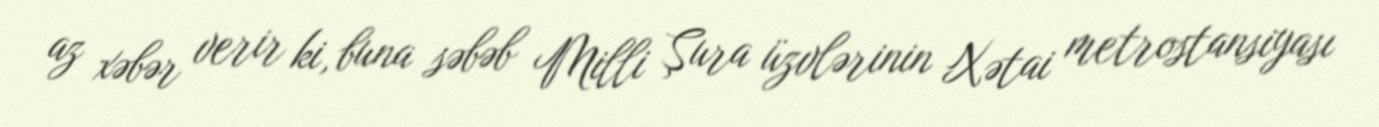
az xəbər verir ki, buna səbəb Milli Şura üzvlərinin Xətai metrostansiyası